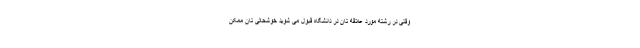
وقتی در رشته مورد علاقه تان در دانشگاه قبول می شوید خوشحالی تان ممکن